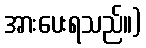
အားပေးရသည်။)